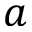
a